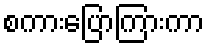
စကားပြောကြားကာ